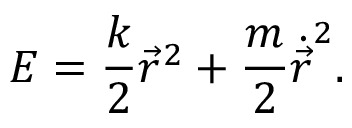
E = \frac { k } { 2 } { \vec { r } } ^ { 2 } + \frac { m } { 2 } { \dot { \vec { r } } } ^ { 2 } .